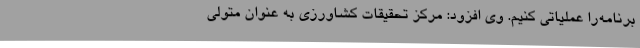
برنامه‌را عملیاتی کنیم. وی افزود: مرکز تحقیقات کشاورزی به عنوان متولی